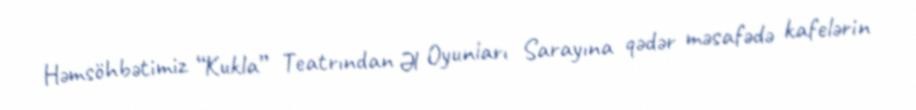
Həmsöhbətimiz “Kukla” Teatrından Əl Oyunları Sarayına qədər məsafədə kafelərin